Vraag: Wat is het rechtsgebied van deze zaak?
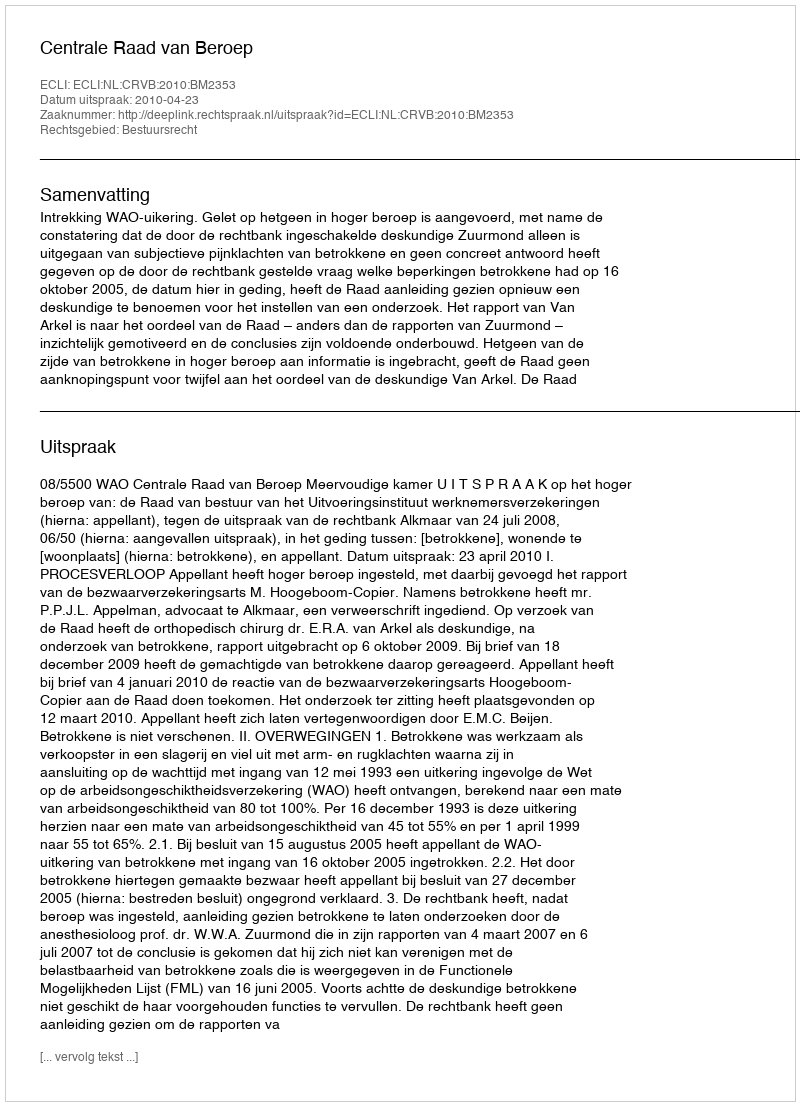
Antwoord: Bestuursrecht